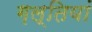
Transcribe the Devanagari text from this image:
ग़ल्तियां